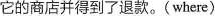
它的商店并得到了退款。(where)